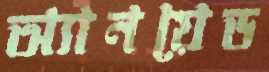
অ্যানয়েড